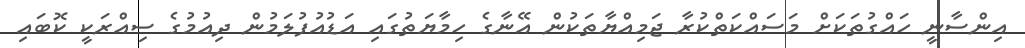
އިންސާނީ ހައްގުތަކަށް މަސައްކަތްކުރާ ޖަމިއްޔާތަކުން އޭނާގެ ހިމާޔަތުގައި އަޑުއުފުލަމުން ދިއުމުގެ ސިއްރަކީ ކޮބައި